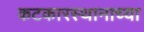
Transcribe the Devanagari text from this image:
कटकारस्थानाच्या